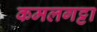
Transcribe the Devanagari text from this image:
कमलगट्टा